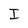
Character: I